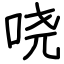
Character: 哓